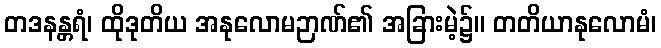
တဒနန္တရံ၊ ထိုဒုတိယ အနုလောမဉာဏ်၏ အခြားမဲ့၌။ တတိယာနုလောမံ၊